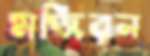
মজিরন